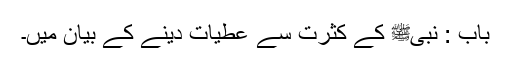
باب : نبیﷺ کے کثرت سے عطیات دینے کے بیان میں۔